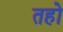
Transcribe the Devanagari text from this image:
तहो